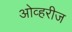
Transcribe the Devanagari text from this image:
ओव्हरीज